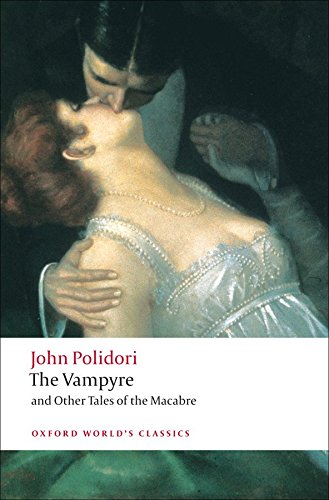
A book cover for The Vampyre and Other Tales of the Macabre (Oxford World's Classics); John Polidori; Romance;